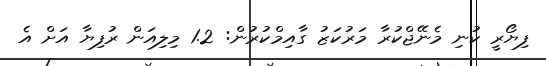
ފިޔޯރީ ކުނި މެނޭޖްކުރާ މަރުކަޒު ގާއިމްކުރުން: 1.2 މިލިއަން ރުފިޔާ އަށް އެ